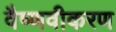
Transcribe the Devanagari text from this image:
वैष्णवीकरण